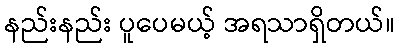
နည်းနည်း ပူပေမယ့် အရသာရှိတယ်။